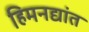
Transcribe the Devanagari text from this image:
हिमनद्यांत